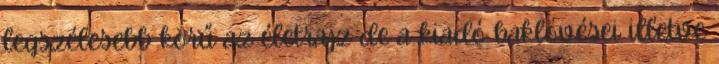
legszélesebb körű az életrajz de a kiadó baklövései illetve